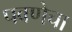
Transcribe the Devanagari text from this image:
पवणेचा